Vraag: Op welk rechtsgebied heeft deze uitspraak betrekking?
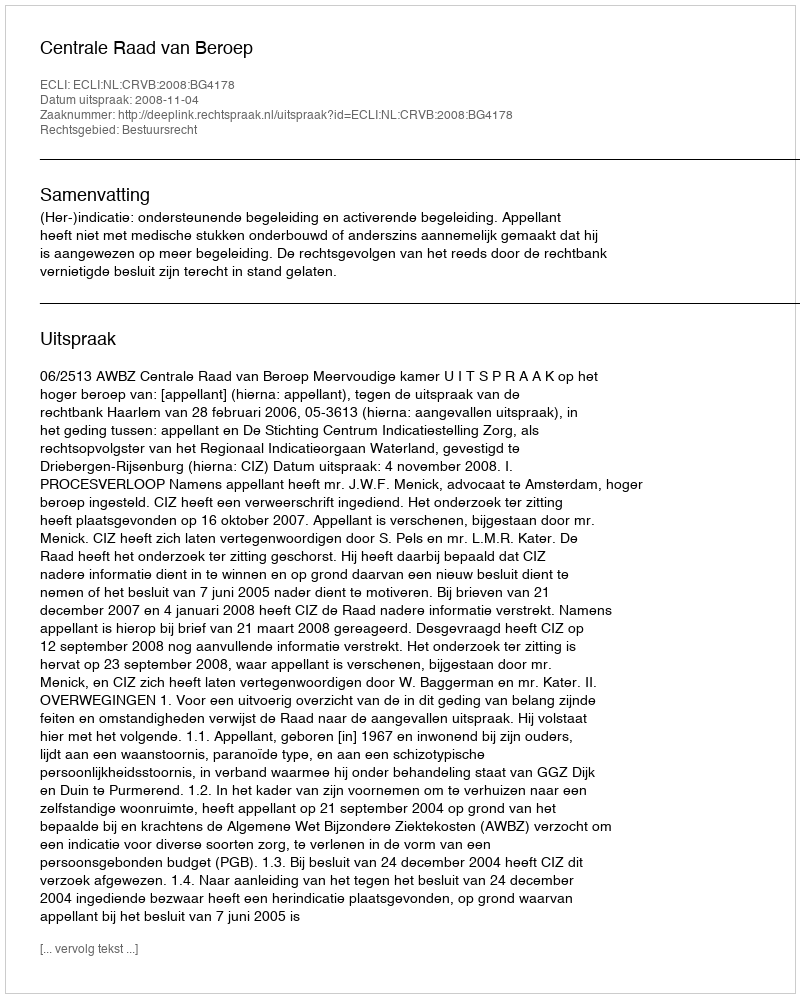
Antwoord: Bestuursrecht